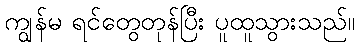
ကျွန်မ ရင်တွေတုန်ပြီး ပူထူသွားသည်။